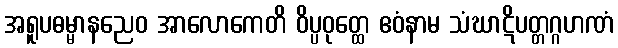
အရူပဓမ္မာနညေဝ အာလောကေတိ ဝိပ္ပဝုတ္ထေ ဧဝံနာမ သံဃာဋိပတ္တဂ္ဂဟဏံ